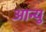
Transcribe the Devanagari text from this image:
आन्यु